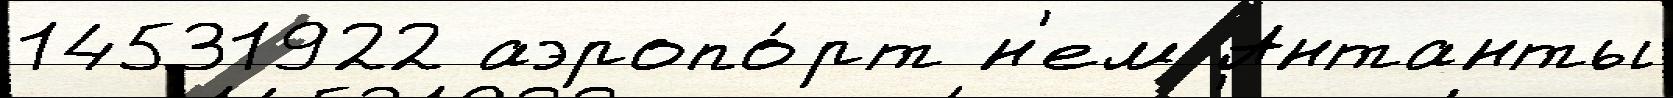
14531922 аэропо́рт н'ем Антанты